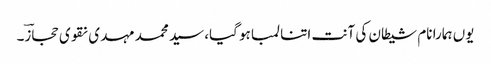
یوں ہمارا نام شیطان کی آنت اتنا لمبا ہو گیا، سید محمد مہدی نقوی حجازؔ۔